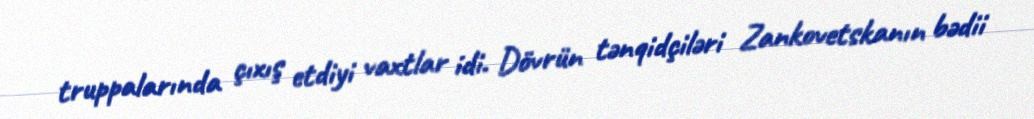
truppalarında çıxış etdiyi vaxtlar idi. Dövrün tənqidçiləri Zankovetskanın bədii